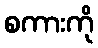
စကားကို